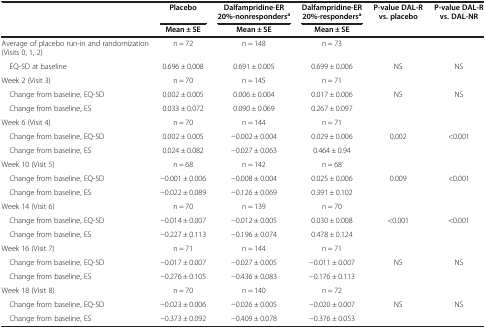
<table><thead><tr><td><b> </b></td><td><b>Placebo</b></td><td><b>Dalfampridine-ER 20%-nonresponders<sup>a</sup></b></td><td><b>Dalfampridine-ER 20%-responders<sup>a</sup></b></td><td><b>P-value DAL-R vs. placebo</b></td><td><b>P-value DAL-R vs. DAL-NR</b></td></tr><tr><td><b> </b></td><td><b>Mean ± SE</b></td><td><b>Mean ± SE</b></td><td><b>Mean ± SE</b></td><td><b> </b></td><td><b> </b></td></tr></thead><tbody><tr><td>Average of placebo run-in and randomization (Visits 0, 1, 2)</td><td>n = 72</td><td>n = 148</td><td>n = 73</td><td> </td><td> </td></tr><tr><td> EQ-5D at baseline</td><td>0.696 ± 0.008</td><td>0.691 ± 0.005</td><td>0.699 ± 0.006</td><td>NS</td><td>NS</td></tr><tr><td>Week 2 (Visit 3)</td><td>n = 70</td><td>n = 145</td><td>n = 71</td><td> </td><td> </td></tr><tr><td> Change from baseline, EQ-5D</td><td>0.002 ± 0.005</td><td>0.006 ± 0.004</td><td>0.017 ± 0.006</td><td>NS</td><td>NS</td></tr><tr><td> Change from baseline, ES</td><td>0.033 ± 0.072</td><td>0.090 ± 0.069</td><td>0.267 ± 0.097</td><td> </td><td> </td></tr><tr><td>Week 6 (Visit 4)</td><td>n = 70</td><td>n = 144</td><td>n = 71</td><td> </td><td> </td></tr><tr><td> Change from baseline, EQ-5D</td><td>0.002 ± 0.005</td><td>−0.002 ± 0.004</td><td>0.029 ± 0.006</td><td>0.002</td><td>&lt;0.001</td></tr><tr><td> Change from baseline, ES</td><td>0.024 ± 0.082</td><td>−0.027 ± 0.063</td><td>0.464 ± 0.94</td><td> </td><td> </td></tr><tr><td>Week 10 (Visit 5)</td><td>n = 68</td><td>n = 142</td><td>n = 68</td><td> </td><td> </td></tr><tr><td> Change from baseline, EQ-5D</td><td>−0.001 ± 0.006</td><td>−0.008 ± 0.004</td><td>0.025 ± 0.006</td><td>0.009</td><td>&lt;0.001</td></tr><tr><td> Change from baseline, ES</td><td>−0.022 ± 0.089</td><td>−0.126 ± 0.069</td><td>0.391 ± 0.102</td><td> </td><td> </td></tr><tr><td>Week 14 (Visit 6)</td><td>n = 70</td><td>n = 139</td><td>n = 70</td><td> </td><td> </td></tr><tr><td> Change from baseline, EQ-5D</td><td>−0.014 ± 0.007</td><td>−0.012 ± 0.005</td><td>0.030 ± 0.008</td><td>&lt;0.001</td><td>&lt;0.001</td></tr><tr><td> Change from baseline, ES</td><td>−0.227 ± 0.113</td><td>−0.196 ± 0.074</td><td>0.478 ± 0.124</td><td> </td><td> </td></tr><tr><td>Week 16 (Visit 7)</td><td>n = 71</td><td>n = 144</td><td>n = 71</td><td> </td><td> </td></tr><tr><td> Change from baseline, EQ-5D</td><td>−0.017 ± 0.007</td><td>−0.027 ± 0.005</td><td>−0.011 ± 0.007</td><td>NS</td><td>NS</td></tr><tr><td> Change from baseline, ES</td><td>−0.276 ± 0.105</td><td>−0.436 ± 0.083</td><td>−0.176 ± 0.113</td><td> </td><td> </td></tr><tr><td>Week 18 (Visit 8)</td><td>n = 70</td><td>n = 140</td><td>n = 72</td><td> </td><td> </td></tr><tr><td> Change from baseline, EQ-5D</td><td>−0.023 ± 0.006</td><td>−0.026 ± 0.005</td><td>−0.020 ± 0.007</td><td>NS</td><td>NS</td></tr><tr><td> Change from baseline, ES</td><td>−0.373 ± 0.092</td><td>−0.409 ± 0.078</td><td>−0.376 ± 0.053</td><td> </td><td> </td></tr></tbody></table>